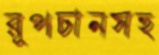
রূপচানসহ